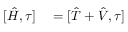
\begin{array} { r l } { [ \hat { H } , \tau ] } & { { } = [ \hat { T } + \hat { V } , \tau ] } \end{array}